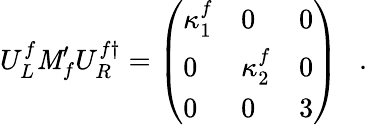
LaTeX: U_{L}^{f}\mathit{M}_{f}^{\prime}U_{R}^{f\dagger}=\left(\begin{array}{lll}{{\kappa_{1}^{f}}}&{{0}}&{{0}}\\ {{0}}&{{\kappa_{2}^{f}}}&{{0}}\\ {{0}}&{{0}}&{{3}}\end{array}\right)~~~.